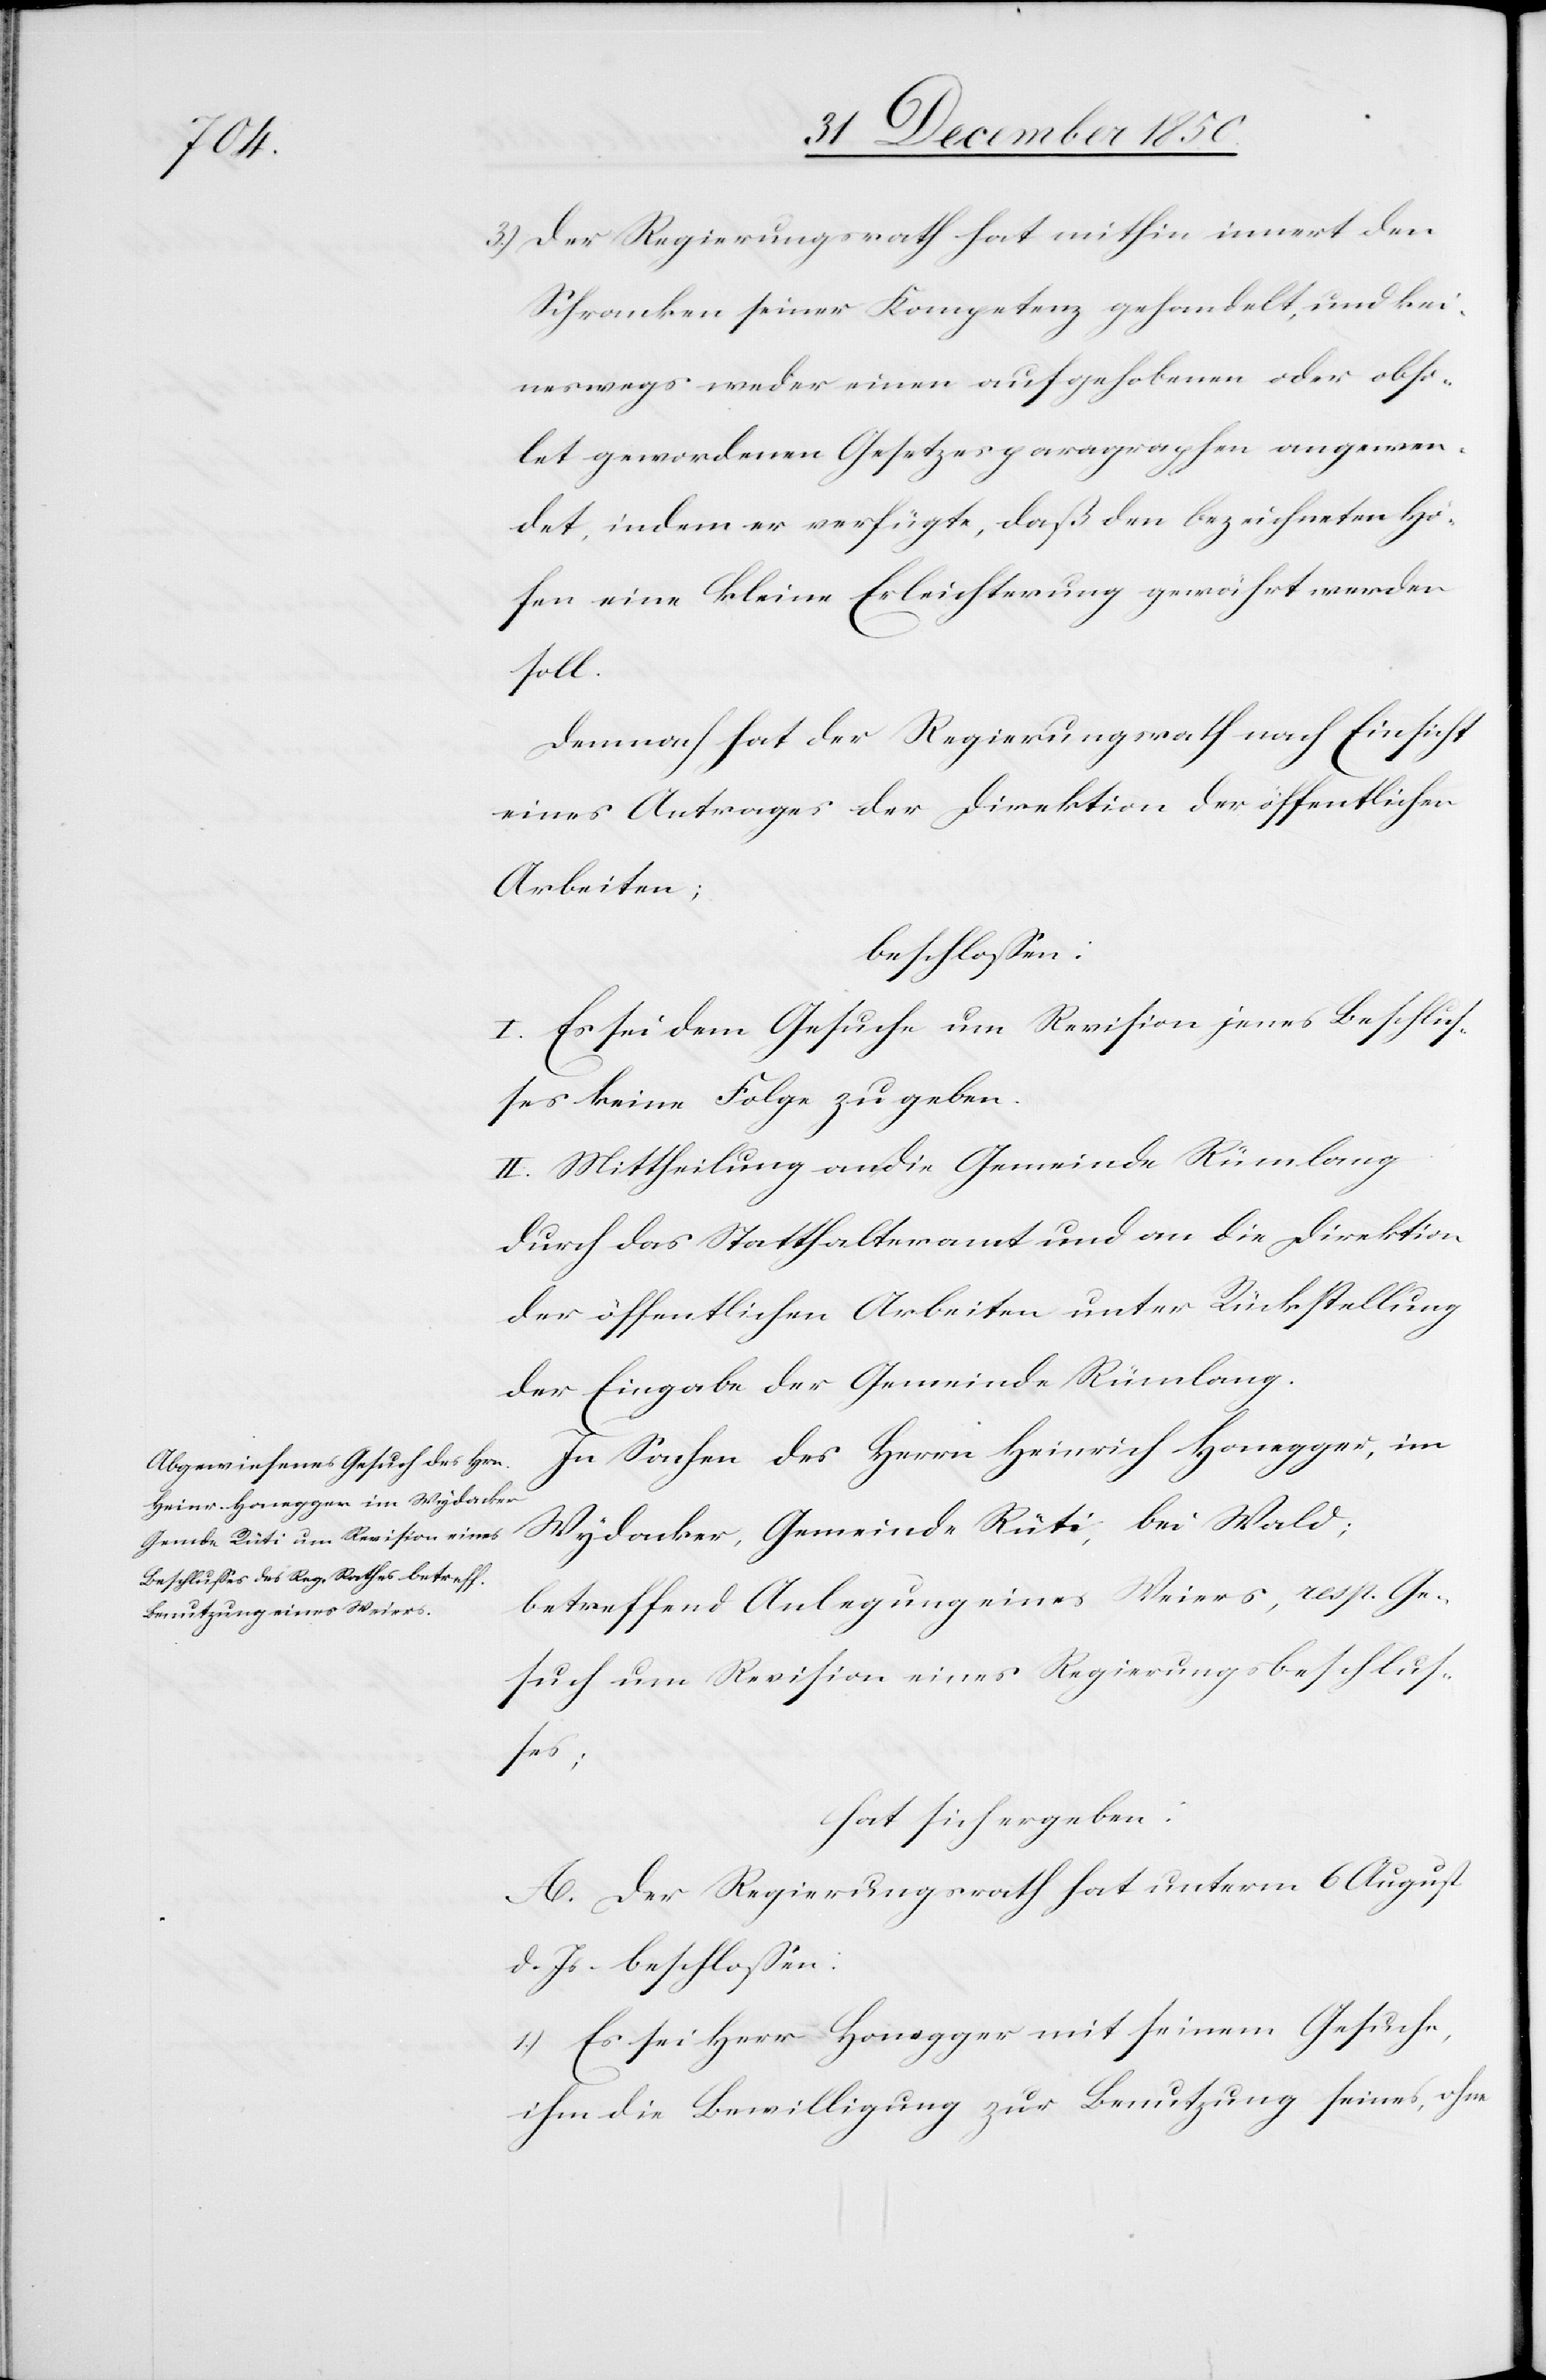
3.) Der Regierungsrath hat mithin innert den
Schranken seiner Kompetenz gehandelt, und kei¬
neswegs weder einen aufgehobenen oder obso¬
let gewordenen Gesetzesparagraphen angewen¬
det, indem er verfügte, daß den bezeichneten Hö¬
fen eine kleine Erleichterung gewährt werden
soll.
Demnach hat der Regierungsrath nach Einsicht
eines Antrages der Direktion der öffentlichen
Arbeiten;
beschlossen:
I. Es sei dem Gesuche um Revision jenes Beschlus¬
ses keine Folge zu geben.
II. Mittheilung an die Gemeinde Rümlang
durch das Statthalteramt und an die Direktion
der öffentlichen Arbeiten unter Rückstellung
der Eingabe der Gemeinde Rümlang.
In Sachen des Herrn Heinrich Honegger, im
Wydacker, Gemeinde Rüti, bei Wald;
betreffend Anlegung eines Weiers, resp. Ge¬
such um Revision eines Regierungsbeschlus¬
ses;
hat sich ergeben:
A. Der Regierungsrath hat unterm 6 August
d. Js. beschlossen:
1.) Es sei Herr Honegger mit seinem Gesuche,
ihm die Bewilligung zur Benutzung seines, ohne